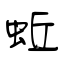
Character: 蚯